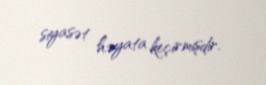
siyasət həyata keçirmişdir.